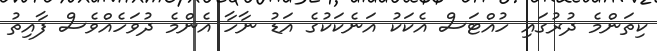
ކިތަންމެ ދުރުގައި ހުއްޓަސް އެކަކު އަނެކަކުގެ އަޑު ނާހާ އެންމެ ދުވަހެއްވެސް ފާއިތު